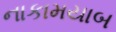
નાકામયાબ